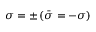
\sigma = \pm \, ( \bar { \sigma } = - \sigma )